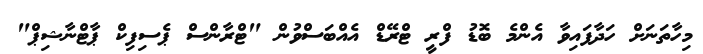
މިހާތަނަށް ހަދާފައިވާ އެންމެ ބޮޑު ފްރީ ޓްރޭޑް އެއްބަސްވުން "ޓްރާންސް ޕެސިފިކް ޕާޓްނާޝިޕް"